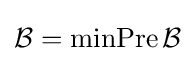
{\mathcal {B}}=\operatorname {minPre} {\mathcal {B}}